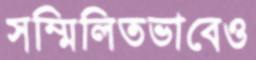
সম্মিলিতভাবেও